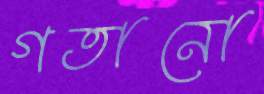
গতানো